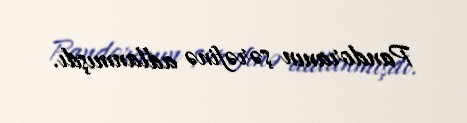
Pandoranın şərəfinə adlanmışdı.